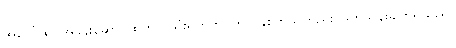
အပေါ်ထပ်အခန်းဆောင်ထဲတွင် သုံးရက်တိုင်တိုင် နှစ်ကိုယ်တည်း ဖြတ်သန်းခဲ့ကြရသည်။